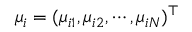
\mu _ { i } = ( \mu _ { i 1 } , \mu _ { i 2 } , \cdots , \mu _ { i N } ) ^ { \top }